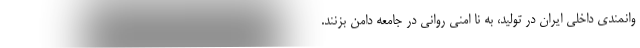
وانمندی داخلی ایران در تولید، به نا امنی روانی در جامعه دامن بزنند.